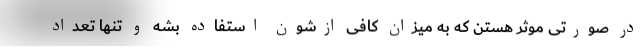
در صورتی موثر هستن که به میزان کافی ازشون استفاده بشه و تنها تعداد